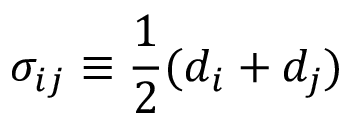
{ \sigma _ { i j } \equiv \frac { 1 } { 2 } ( d _ { i } + d _ { j } ) }